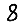
Digit: 8